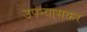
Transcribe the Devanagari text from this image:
उपन्यासकर